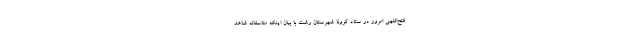
فتح‌اللهی امروز در ستاد کرونا شهرستان رشت با بیان اینکه متاسفانه شاهد